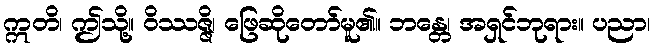
ဣတိ၊ ဤသို့။ ဝိဿဇ္ဇိ၊ ဖြေဆိုတော်မူ၏။ ဘန္တေ၊ အရှင်ဘုရား။ ပညာ၊